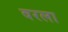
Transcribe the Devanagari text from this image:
वरला